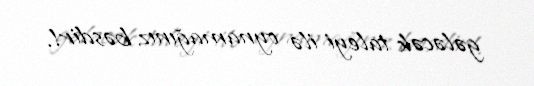
gələcək taleyi ilə oynamağınız bəsdir!.